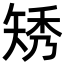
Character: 𥏗